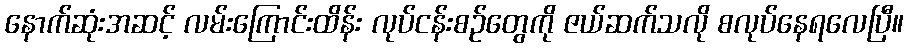
နောက်ဆုံးအဆင့် လမ်းကြောင်းထိန်း လုပ်ငန်းစဉ်တွေကို ဇယ်ဆက်သလို စလုပ်နေရလေပြီ။